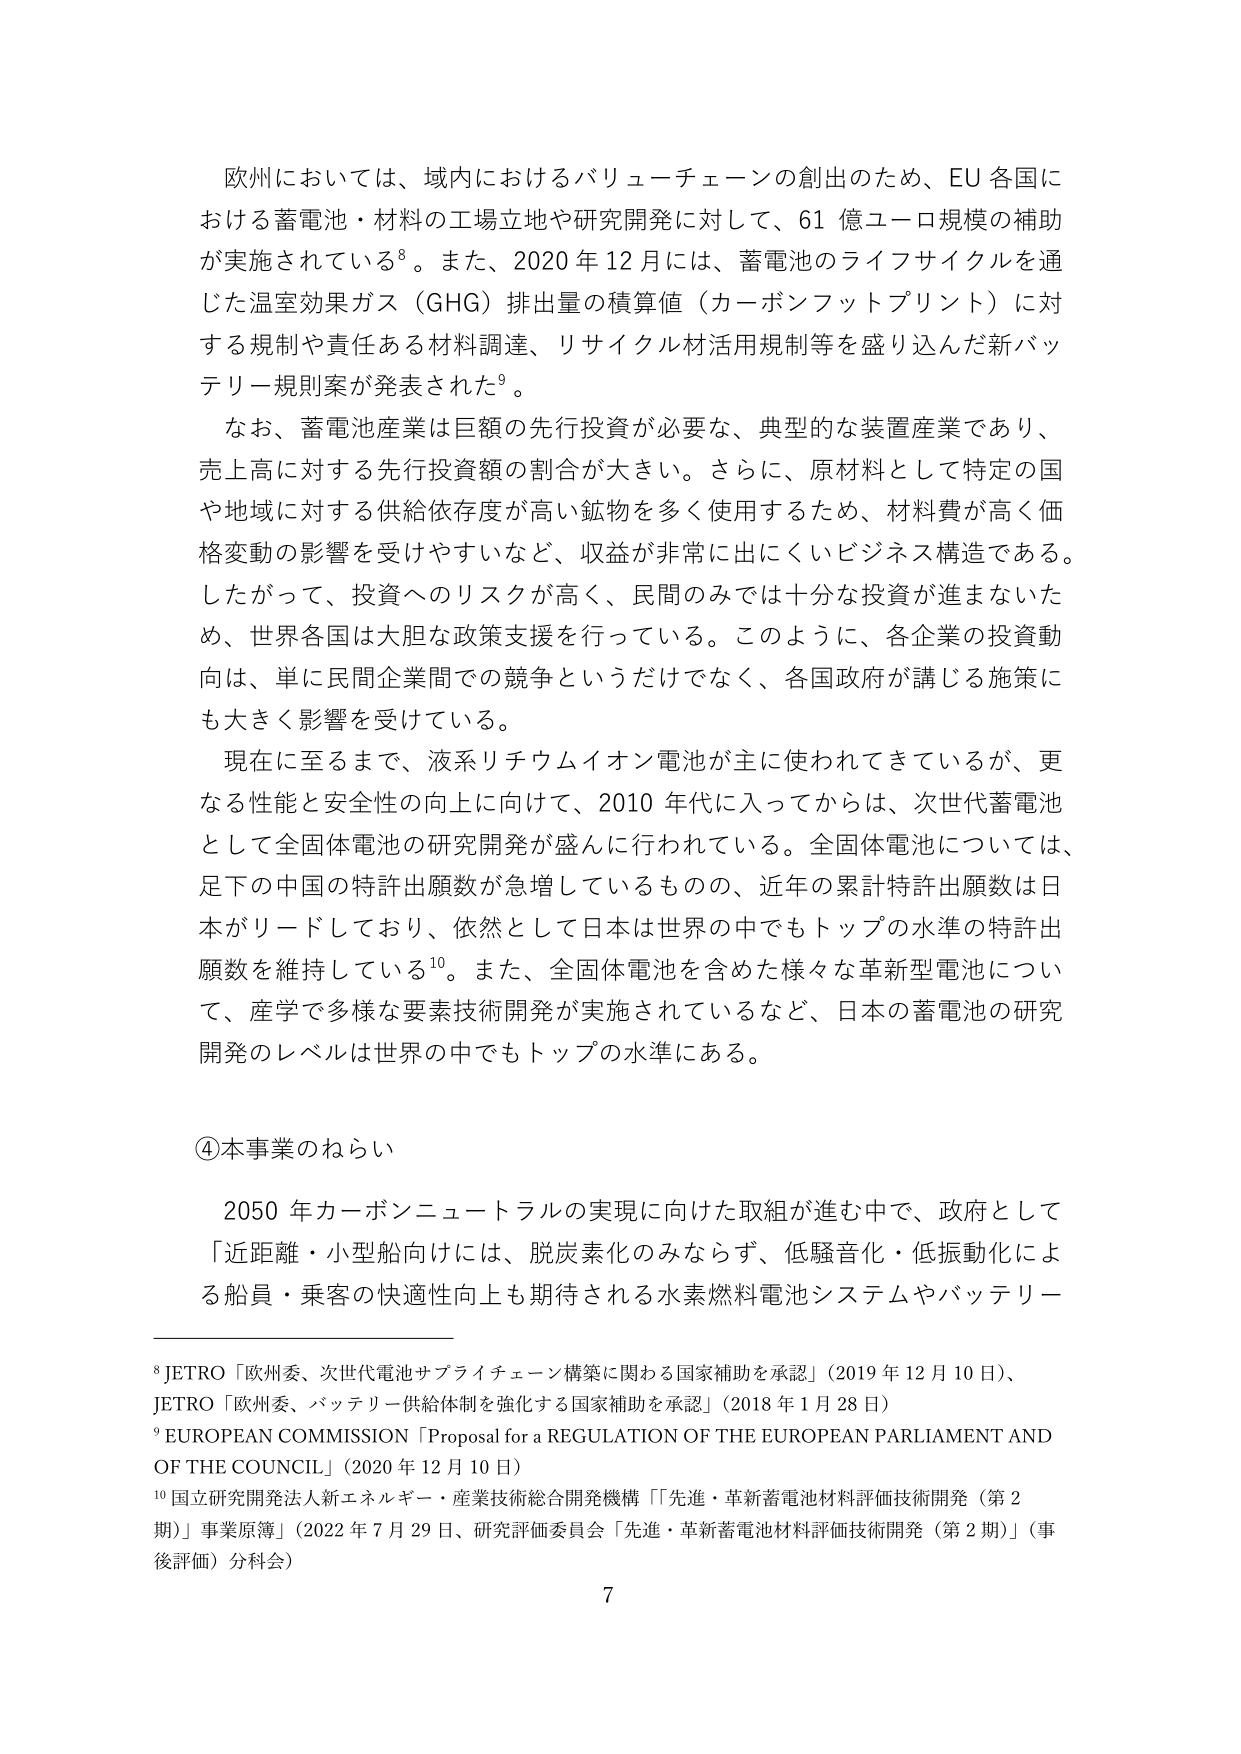
欧州においては、域内におけるバリューチェーンの創出のため、EU 各国における蓄電池・材料の工場立地や研究開発に対して、61 億ユーロ規模の補助が実施されている⁸。また、2020 年 12 月には、蓄電池のライフサイクルを通じた温室効果ガス（GHG）排出量の積算値（カーボンフットプリント）に対する規制や責任ある材料調達、リサイクル材活用規制等を盛り込んだ新バッテリー規則案が発表された⁹。

なお、蓄電池産業は巨額の先行投資が必要な、典型的な装置産業であり、売上高に対する先行投資額の割合が大きい。さらに、原材料として特定の国や地域に対する供給依存度が高い鉱物を多く使用するため、材料費が高く価格変動の影響を受けやすいなど、収益が非常に出にくいビジネス構造である。したがって、投資へのリスクが高く、民間のみでは十分な投資が進まないため、世界各国は大胆な政策支援を行っている。このように、各企業の投資動向は、単に民間企業間での競争というだけでなく、各国政府が講じる施策にも大きく影響を受けている。

現在に至るまで、液系リチウムイオン電池が主に使われてきているが、更なる性能と安全性の向上に向けて、2010 年代に入ってからは、次世代蓄電池として全固体電池の研究開発が盛んに行われている。全固体電池については、足下の中国の特許出願数が急増しているものの、近年の累計特許出願数は日本がリードしており、依然として日本は世界の中でもトップの水準の特許出願数を維持している¹⁰。また、全固体電池を含めた様々な革新型電池について、産学で多様な要素技術開発が実施されているなど、日本の蓄電池の研究開発のレベルは世界の中でもトップの水準にある。

④本事業のねらい

2050 年カーボンニュートラルの実現に向けた取組が進む中で、政府として「近距離・小型船向けには、脱炭素化のみならず、低騒音化・低振動化による船員・乗客の快適性向上も期待される水素燃料電池システムやバッテリー

⁸ JETRO「欧州委、次世代電池サプライチェーン構築に関わる国家補助を承認」（2019 年 12 月 10 日）、JETRO「欧州委、バッテリー供給体制を強化する国家補助を承認」（2018 年 1 月 28 日）

⁹ EUROPEAN COMMISSION「Proposal for a REGULATION OF THE EUROPEAN PARLIAMENT AND OF THE COUNCIL」（2020 年 12 月 10 日）

¹⁰ 国立研究開発法人新エネルギー・産業技術総合開発機構「『先進・革新蓄電池材料評価技術開発（第 2 期）』事業原稿」（2022 年 7 月 29 日、研究評価委員会「先進・革新蓄電池材料評価技術開発（第 2 期）」（事後評価）分科会）

7